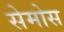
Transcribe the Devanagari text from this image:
सेमोस